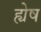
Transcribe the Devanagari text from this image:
ह्येष